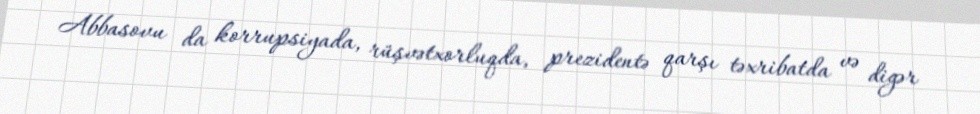
Abbasovu da korrupsiyada, rüşvətxorluqda, prezidentə qarşı təxribatda və digər